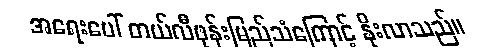
အရေးပေါ် တယ်လီဖုန်းမြည်သံကြောင့် နိုးလာသည်။